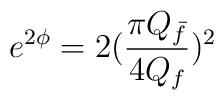
e^{2\phi} = 2 (\frac{\pi Q_{\bar{f}}}{4Q_{f}})^{2}